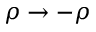
\rho \rightarrow - \rho